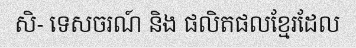
សិ- ទេសចរណ៍ និង ផលិតផលខ្មែរដែល